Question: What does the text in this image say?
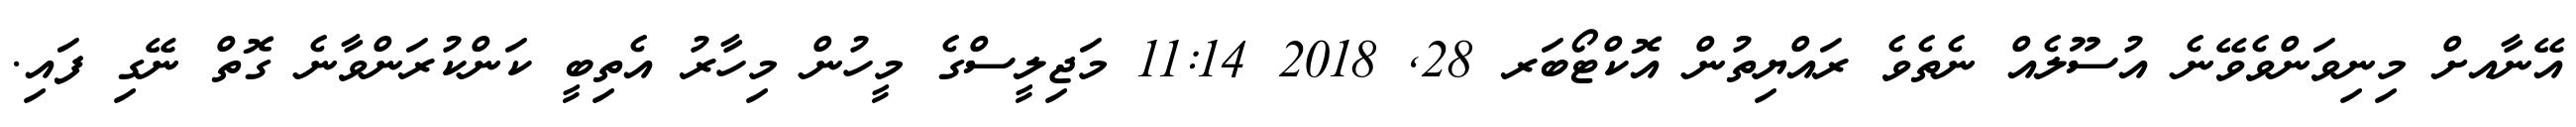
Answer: އޭނާއށް މިނިވަންވެވޭނެ އުސޫލެއް ނެތެވެ ރައްޔިތުން އޮކްޓޯބަރ 28, 2018 11:14 މަޖިލީސްގެ މީހުން މިހާރު އެތިބީ ކަންކުރަންވާނެ ގޮތް ނޭގި ފައި.